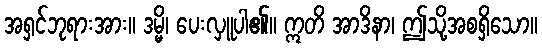
အရှင်ဘုရားအား။ ဒမ္မိ၊ ပေးလှူပါ၏။ ဣတိ အာဒိနာ၊ ဤသို့အစရှိသော။